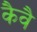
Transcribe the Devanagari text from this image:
कैवै